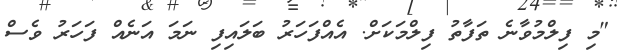
"މި ފިލްމުވާނެ ތަފާތު ފިލްމަކަށް. އެއްފަހަރު ބަލައިފި ނަމަ އަނެއް ފަހަރު ވެސް